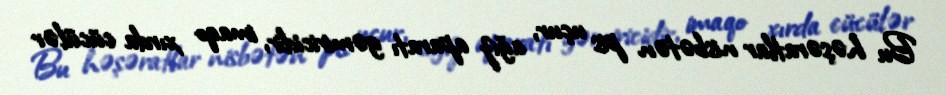
Bu həşəratlar nisbətən pis uçur, ağız aparatı gəmiricidir, imaqo xırda cücülər